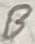
Text: B